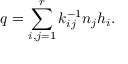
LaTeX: q = \sum _ { i , j = 1 } ^ { r } k _ { i j } ^ { - 1 } n _ { j } h _ { i } .